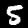
Digit: 5